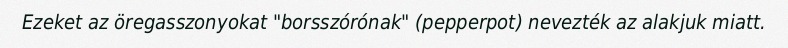
Ezeket az öregasszonyokat "borsszórónak" (pepperpot) nevezték az alakjuk miatt.